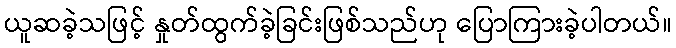
ယူဆခဲ့သဖြင့် နှုတ်ထွက်ခဲ့ခြင်းဖြစ်သည်ဟု ပြောကြားခဲ့ပါတယ်။